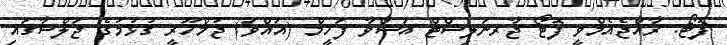
ފޮޓޯ: ރާއްޖެއެމްވީ ފޮޓޯ ޖާރނަލިސްޓް އަޝްވާ ފަހީމް (އައްވަ) ޖުމްހޫރީ ގުޅުމުގެ ޖަލްސާގައި